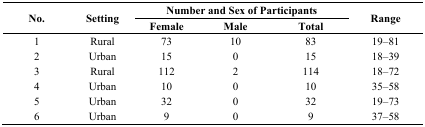
<table><thead><tr><td rowspan="2"><b>No.</b></td><td rowspan="2"><b>Setting</b></td><td colspan="3"><b>Number and Sex of Participants</b></td><td rowspan="2"><b>Range</b></td></tr><tr><td><b>Female</b></td><td><b>Male</b></td><td><b>Total</b></td></tr></thead><tbody><tr><td>1</td><td>Rural</td><td>73</td><td>10</td><td>83</td><td>19–81</td></tr><tr><td>2</td><td>Urban</td><td>15</td><td>0</td><td>15</td><td>18–39</td></tr><tr><td>3</td><td>Rural</td><td>112</td><td>2</td><td>114</td><td>18–72</td></tr><tr><td>4</td><td>Urban</td><td>10</td><td>0</td><td>10</td><td>35–58</td></tr><tr><td>5</td><td>Urban</td><td>32</td><td>0</td><td>32</td><td>19–73</td></tr><tr><td>6</td><td>Urban</td><td>9</td><td>0</td><td>9</td><td>37–58</td></tr></tbody></table>